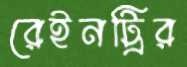
রেইনট্রির